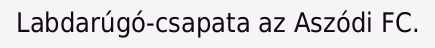
Labdarúgó-csapata az Aszódi FC.